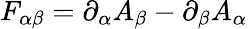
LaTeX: F_{\alpha\beta}=\partial_{\alpha}A_{\beta}-\partial_{\beta}A_{\alpha}